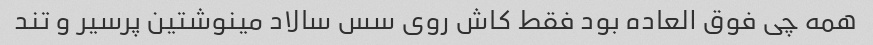
همه چی فوق العاده بود فقط کاش روی سس سالاد مینوشتین پرسیر و تند